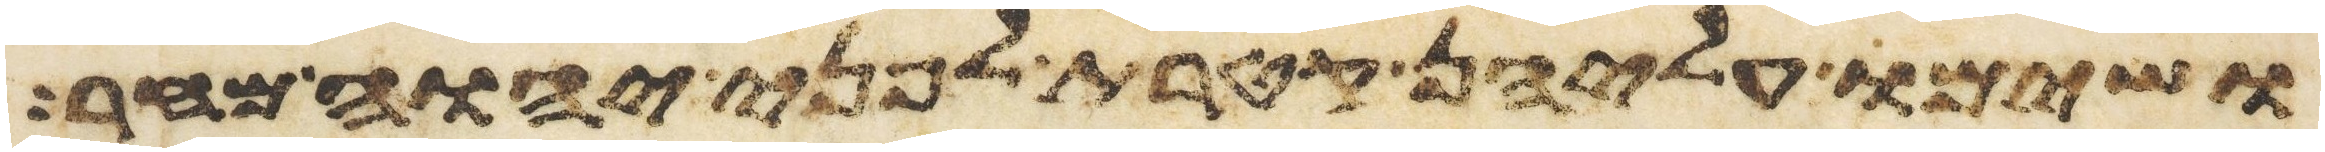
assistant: ושימו עליהן קטרת לפני יהוה מחר